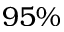
9 5 \%